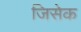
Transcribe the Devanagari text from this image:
जिसेक